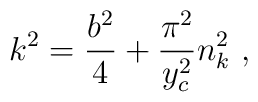
k^2 = \frac{b^2}{4} + \frac{\pi^2}{y_c^2} n_k^2   ~,